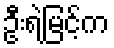
ဦးရဲမြင့်က